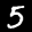
Label: 5